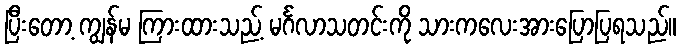
ပြီးတော့ ကျွန်မ ကြားထားသည့် မင်္ဂလာသတင်းကို သားကလေးအားပြောပြရသည်။